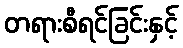
တရားစီရင်ခြင်းနှင့်